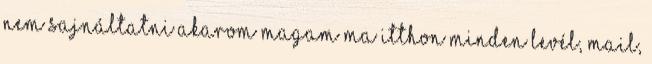
nem sajnáltatni akarom magam Ma itthon minden levél, mail,